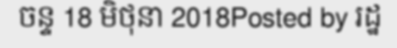
ចន្ទ 18 មិថុនា 2018Posted by រដ្ឋ